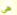
هي